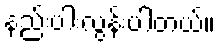
နည်းပါးလွန်းပါတယ်။